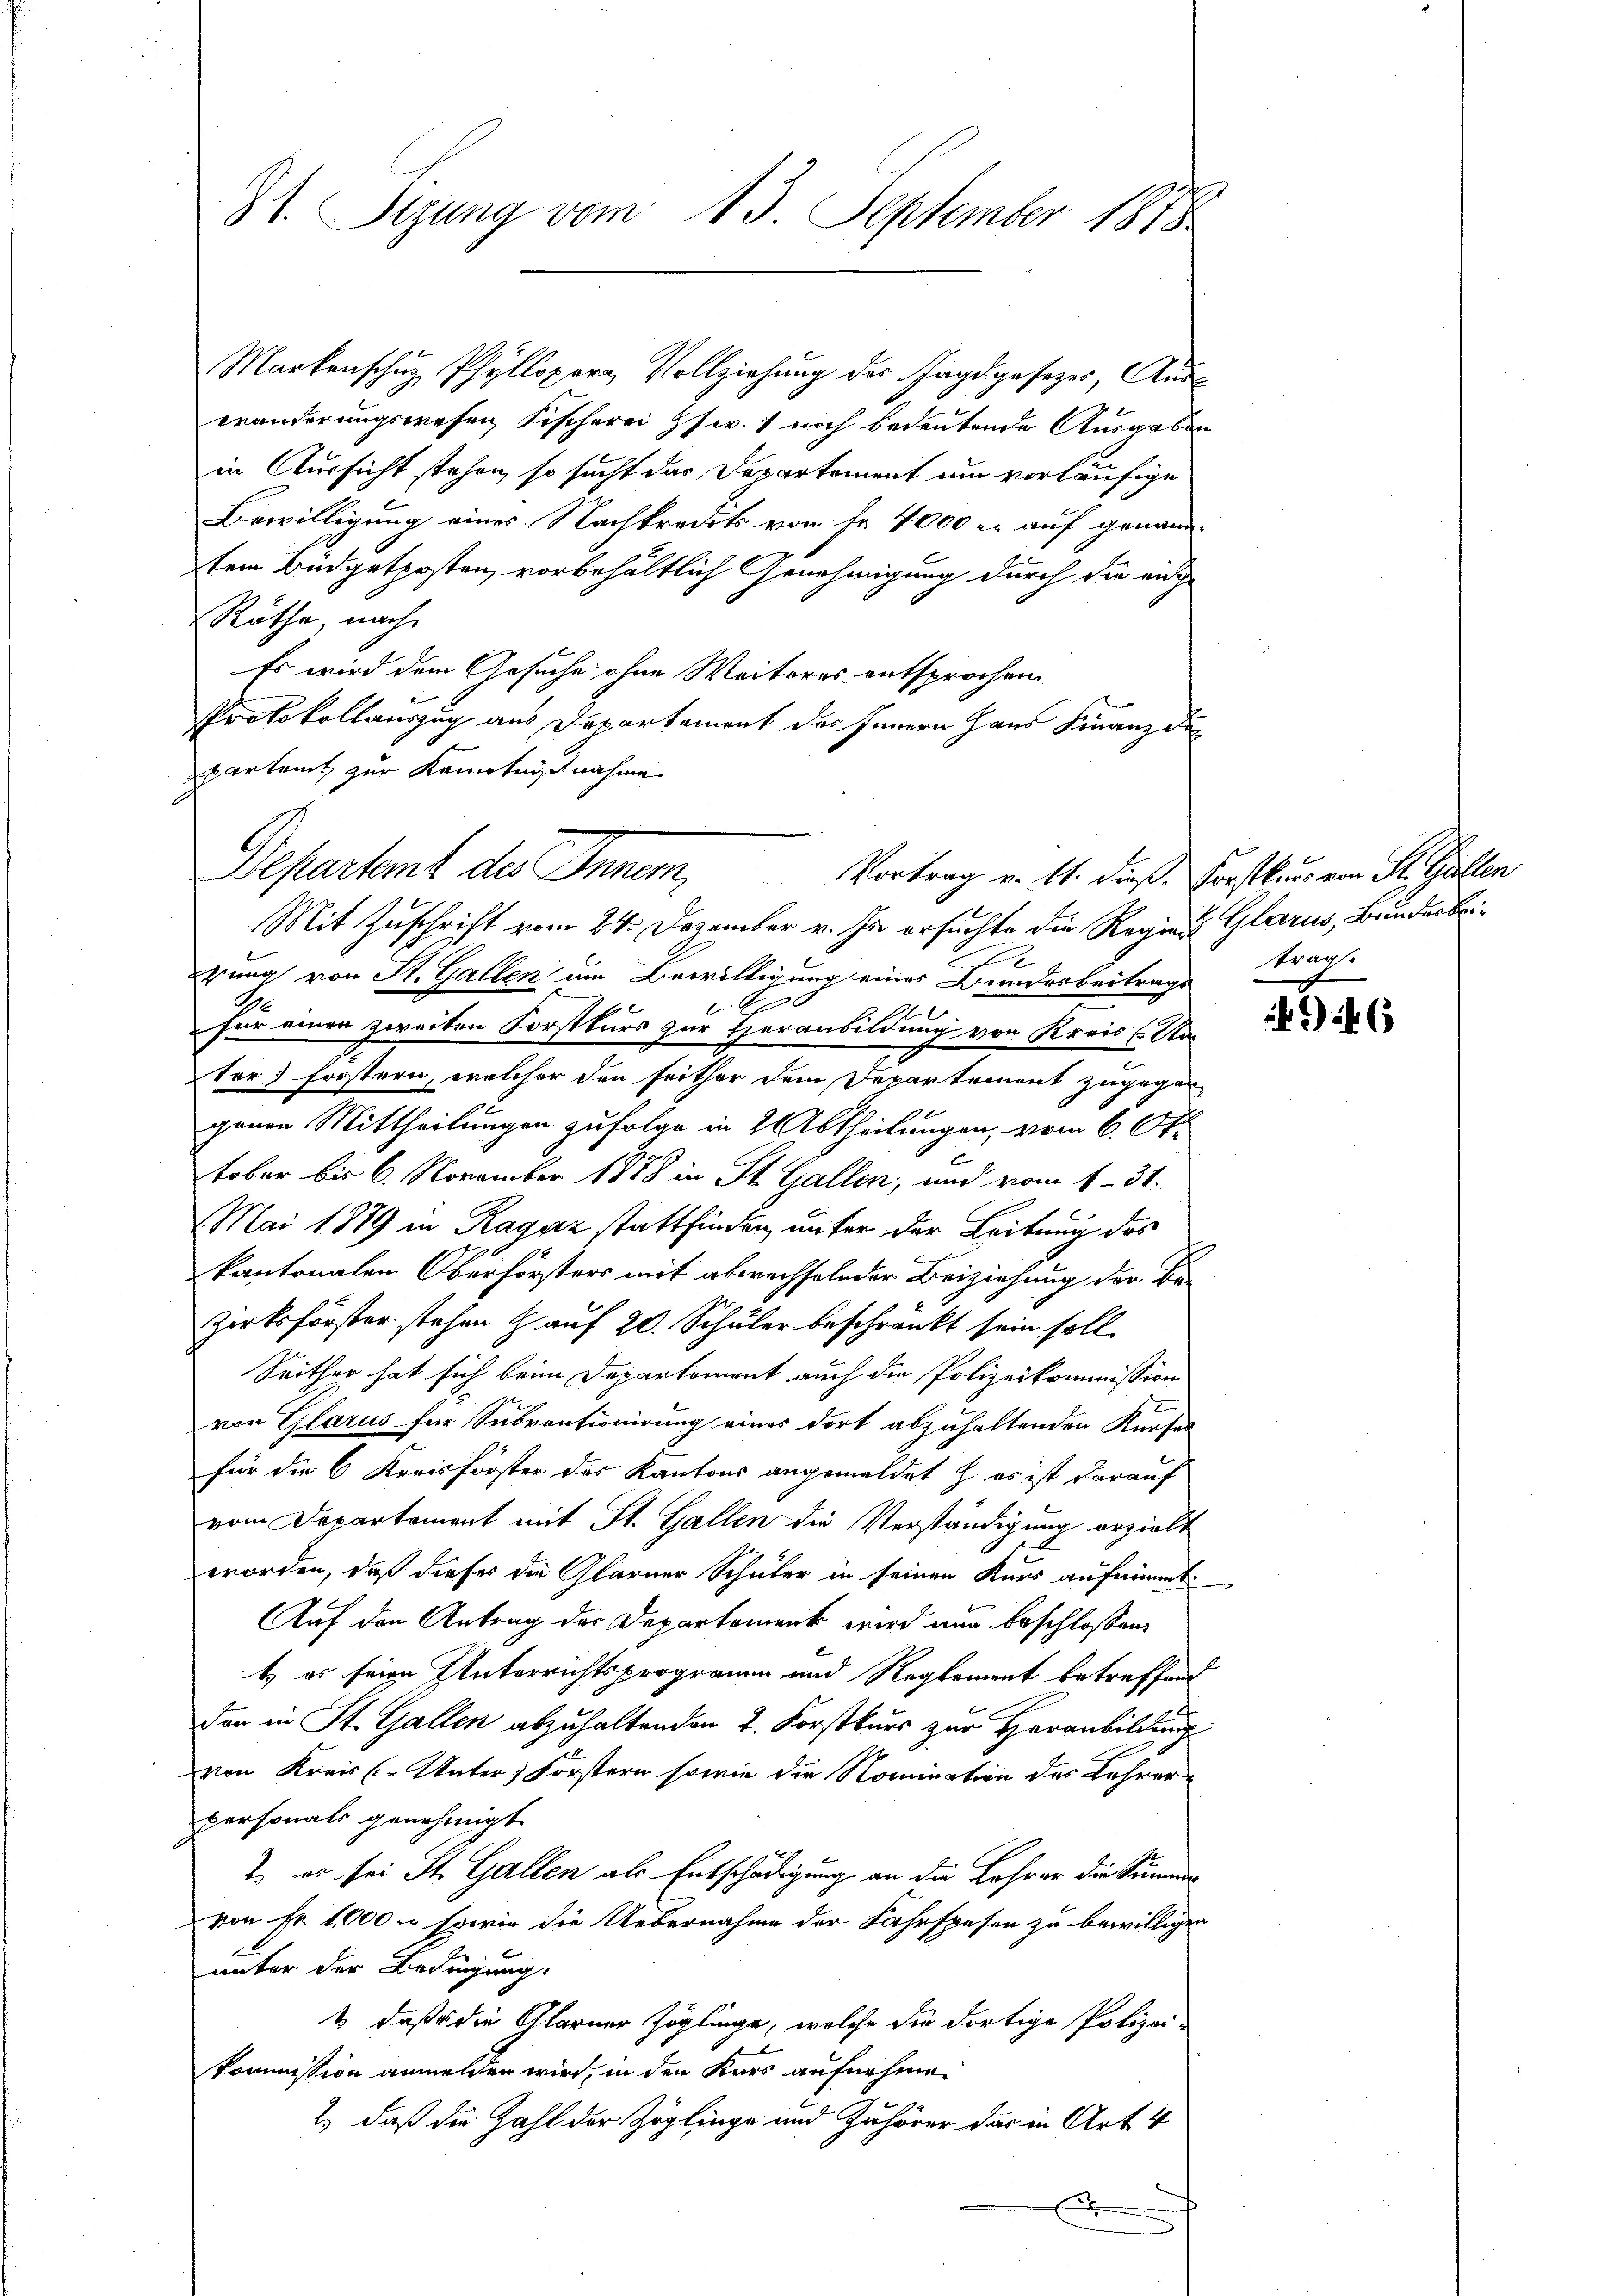
St. Sizung vom 13. September 1878

Markenschuz, Pfyllopern, Vollziehung des Jagdgesezes, Auswänderungswesen Fischerei Zsw. 1 noch bedeutende Ausgaben
in Aussicht stehen, so sucht das Departement um vorläufige
Bewilligung eines Nachkredits von Fr. 4000 r. auf genann-
tem Budgetposten vorbehältlich Genehmigung durch die ei
Räthe, nach
Es wird dem Gesuche ohne Weiteres entsprochen
Protokollauszug aus Departement des Innern Haus Finanz der
parteit zur Kenntnißnahme

Departent des Innen,
Vortrag v. 11. dieß. Forstkurs von St. Gallen

Mit Zuschrift vom 24. Dezember v. Js. ersuchte die Regiers Glarus, Bundesbrif
erung von St. Gallen am Bewilligung eines Bundesbeitrags
200
für einer zweiten Forstkurs zur Heranbildung von Kreis (Nater) forstern, welcher den seither dem Departement zugegen
genen Mittheilungen zufolge in 2 btheilungen, vom 6. Okt
tober bis 6. November 1888 in St. Gallen, und vom 1. 31.
Mai 1889 in Ragaz stattfinden, unter der Leitung des
kantonalen Oberförsters mit abwechselnder Beiziehung der Be-
zirksförster stehen H. auf 20. Schüler beschränkt sein soll.
Seither hat sich beim Departoment auch die Polizeikommission
von Glarus für Subventionirung eines dort abzuhaltenden Kerfe
für die 6 Kreisförster des Kantons angemeldet & es ist darauf
vom Departement mit St. Gallen die Verständigung erzielt
worden, daß dieses die Glarner Schüler in seinen Kurs aufnimmt
Auf den Antrag der Departement wird nun beschlossen:
t, es seine Unterrichtsprogramm und Reglement betreffend
dar in St. Gallen abzuhaltenden 2. Forstkurs zur Heranbildung
von Kreis (Unter Forstern sowie der Nomination des Lehrer
personals genehmigt.
2. es sei St. Gallen als Entschädigung an die Lehrer die Summes
von Fr. 1,000 - sowie die Uebernahme der Fahrspesen zu bewilligen
unter der Bedingung.
1) daß die Glarner Zöglinge, welche die dortige Polizei-
kommission anmelden wird, in den Kurs aufnehme.
2.) daß die Zahl der Zöglinge und Zuhörer das in Art. 4
x

trag.

6